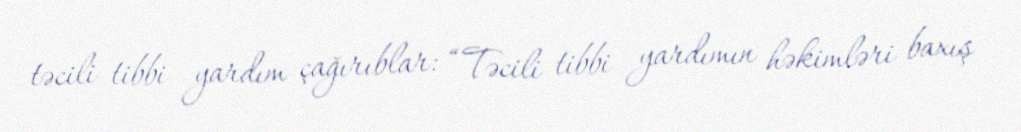
təcili tibbi yardım çağırıblar: “Təcili tibbi yardımın həkimləri baxış